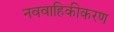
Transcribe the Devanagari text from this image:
नववाहिकीकरण